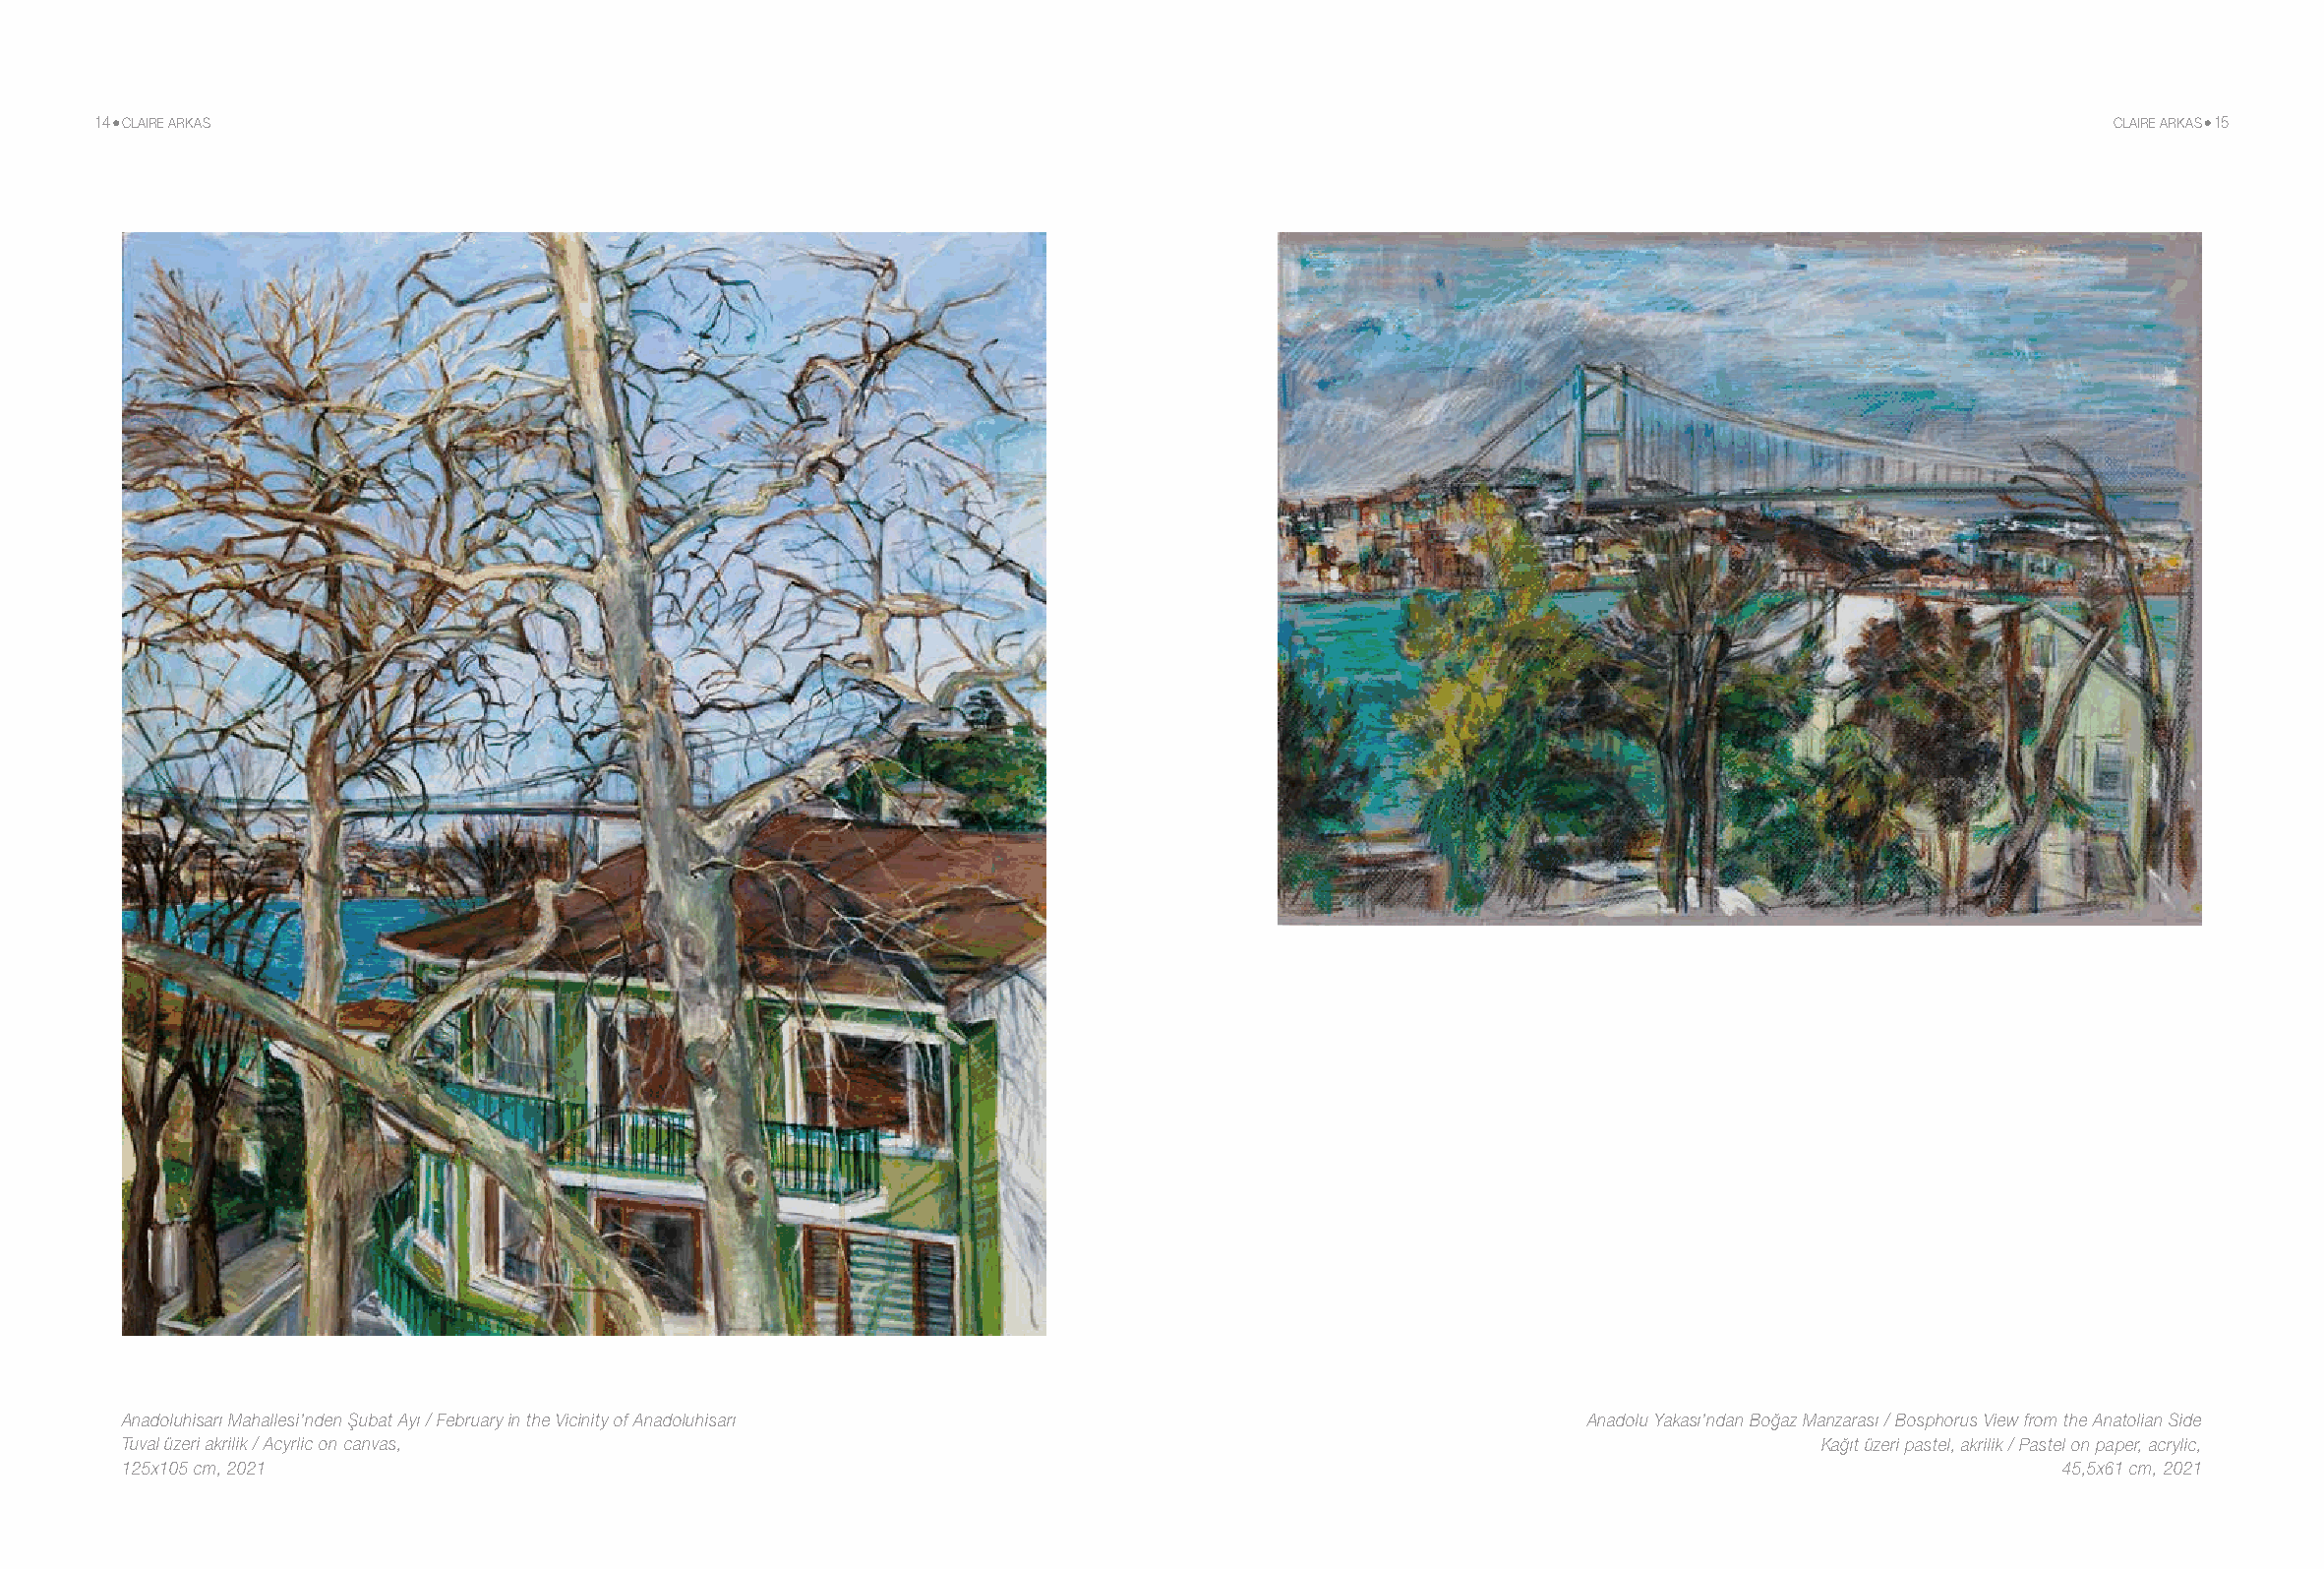
14 CLAIRE ARKAS                                                                                                                         CLAIRE ARKAS 15
 Anadoluhisarı Mahallesi’nden Şubat Ayı / February in the Vicinity of Anadoluhisarı                 Anadolu Yakası’ndan Boğaz Manzarası / Bosphorus View from the Anatolian Side
 Tuval üzeri akrilik / Acyrlic on canvas,                                                                           Kağıt üzeri pastel, akrilik / Pastel on paper, acrylic,
 125x105 cm, 2021                                                                                                                   45,5x61 cm, 2021